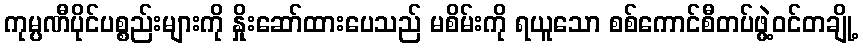
ကုမ္ပဏီပိုင်ပစ္စည်းများကို နှိုးဆော်ထားပေသည် မစိမ်းကို ရယူသော စစ်ကောင်စီတပ်ဖွဲ့ဝင်တချို့